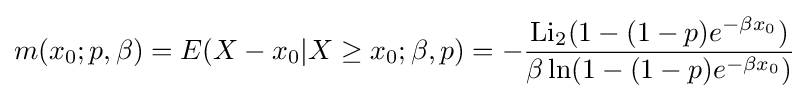
m(x_{0};p,\beta )=E(X-x_{0}|X\geq x_{0};\beta ,p)=-{\frac {\operatorname {Li} _{2}(1-(1-p)e^{-\beta x_{0}})}{\beta \ln(1-(1-p)e^{-\beta x_{0}})}}